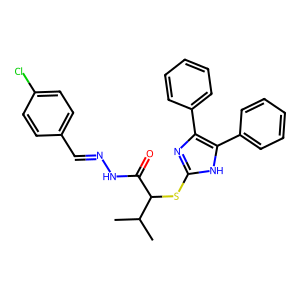
SMILES: CC(C)C(Sc1nc(-c2ccccc2)c(-c2ccccc2)[nH]1)C(=O)NN=Cc1ccc(Cl)cc1
Inhibits HIV replication: No